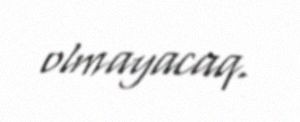
olmayacaq.